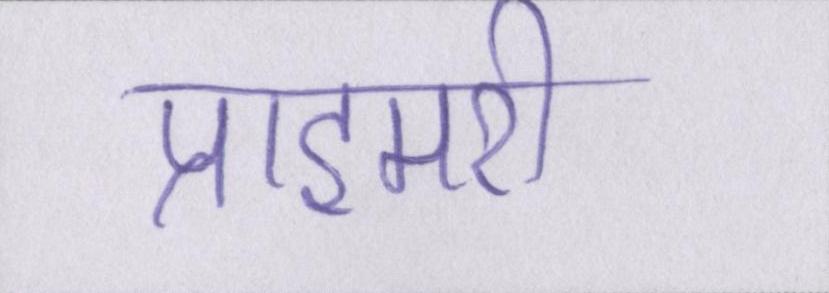
प्राइमरी